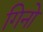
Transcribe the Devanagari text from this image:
गिनो